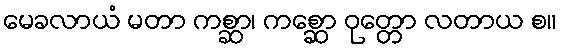
မေခလာယံ မတာ ကစ္ဆာ၊ ကစ္ဆော ဝုတ္တော လတာယ စ။